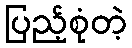
ပြည့်စုံတဲ့